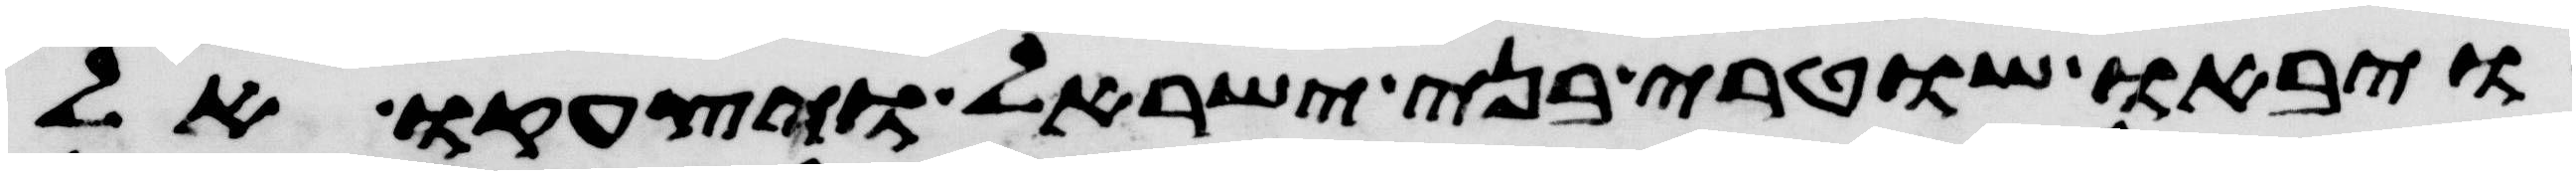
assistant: ויבאו שוטרי בני ישראל ויצעקו אל